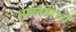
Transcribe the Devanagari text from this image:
भावनामध्ये